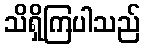
သိရှိကြပါသည်